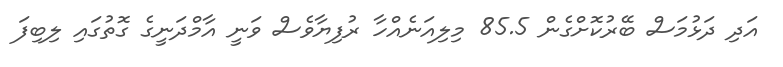
އަދި ދަޅުމަސް ބޭރުކޮށްގެން 85.5 މިލިއަނެއްހާ ރުފިޔާވެސް ވަނީ އާމްދަނީގެ ގޮތުގައި ލިބިފަ